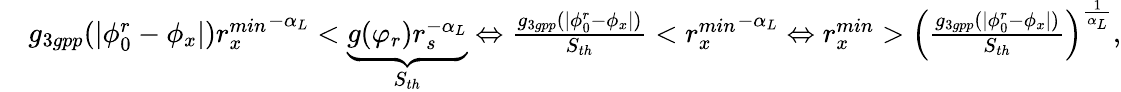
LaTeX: \begin{array}{rl}&{g_{3gpp}(|\phi_{0}^{r}-\phi_{x}|){r_{x}^{min}}^{-\alpha_{L}}<\underbrace{g(\varphi_{r})r_{s}^{-\alpha_{L}}}_{S_{th}}\Leftrightarrow\frac{g_{3gpp}(|\phi_{0}^{r}-\phi_{x}|)}{S_{th}}<{r_{x}^{min}}^{-\alpha_{L}}\Leftrightarrow r_{x}^{min}>\Big(\frac{g_{3gpp}(|\phi_{0}^{r}-\phi_{x}|)}{S_{th}}\Big)^{\frac{1}{\alpha_{L}}},}\end{array}